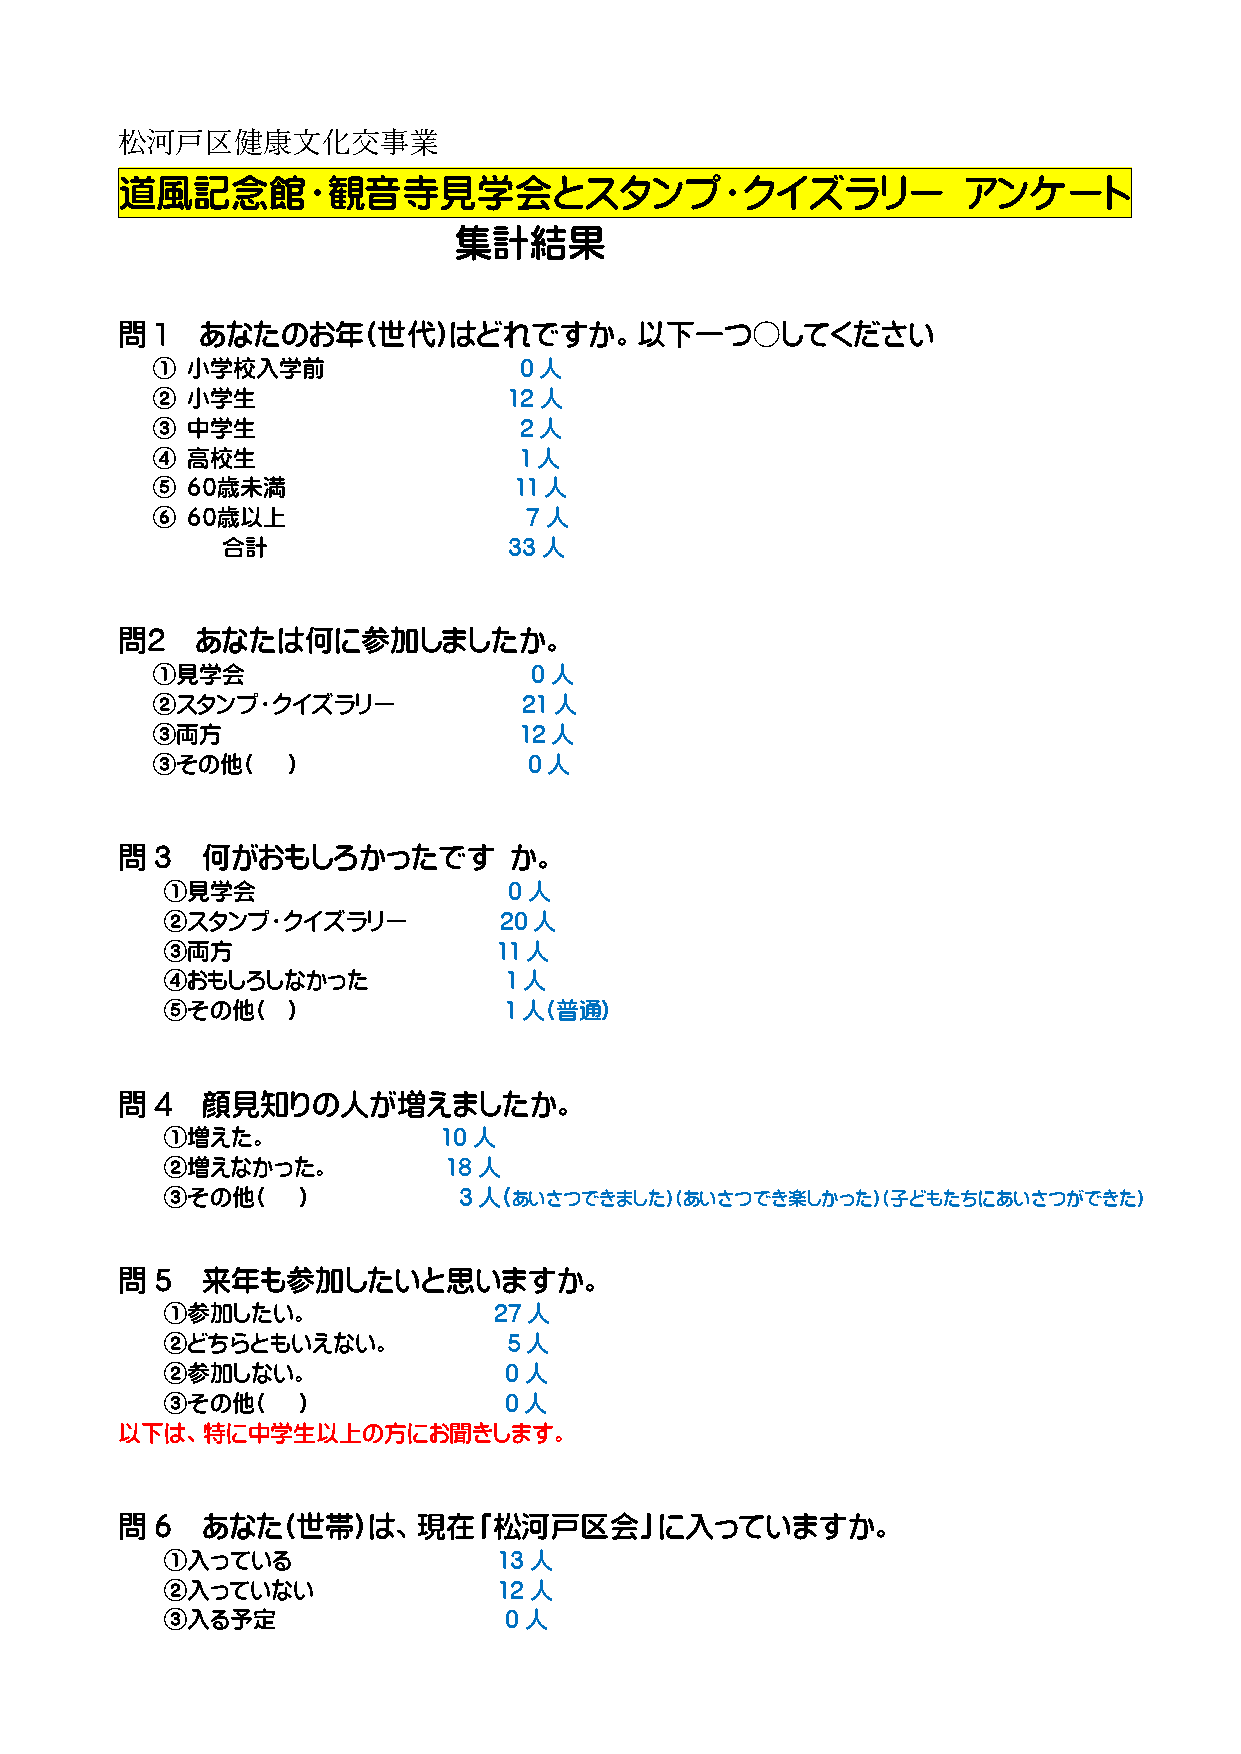
松河戸区健康文化交事業
 道風記念館・観音寺見学会とスタンプ・クイズラリー                                アンケート
 集計結果
 問 1  あなたのお年(世代)はどれですか。以下一つ○してください
 ① 小学校入学前                0人
 ② 小学生                   12人
 ③ 中学生                   2人
 ④ 高校生                   1人
 ⑤ ６０歳未満                 11人
 ⑥ ６０歳以上                  7人
 合計                 33人
 問２   あなたは何に参加しましたか。
 ①見学会                     0人
 ②スタンプ・クイズラリー             21人
 ③両方                     12人
 ③その他(    )               0人
 問 3  何がおもしろかったです          か。
 ①見学会                   0人
 ②スタンプ・クイズラリー          20人
 ③両方                   11人
 ④おもしろしなかった            1人
 ⑤その他(   )             1人(普通)
 問 4  顔見知りの人が増えましたか。
 ①増えた。             10人
 ②増えなかった。           18人
 ③その他(    )         3人(あいさつできました)(あいさつでき楽しかった)(子どもたちにあいさつができた)
 問 5  来年も参加したいと思いますか。
 ①参加したい。               27人
 ②どちらともいえない。            5人
 ②参加しない。               0人
 ③その他(    )            0人
 以下は、特に中学生以上の方にお聞きします。
 問 6  あなた(世帯)は、現在「松河戸区会」に入っていますか。
 ①入っている                13人
 ②入っていない               12人
 ③入る予定                 0人